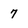
Character: 7